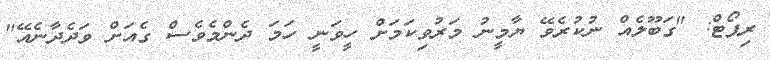
ރިޕޯޓް: "ގަބޫލެއް ނުކުރެވޭ ޔާމީނު މަރުވިކަމަށް ހީވަނީ ހަމަ ދެންމެވެސް ގެއަށް ވަދެދާނެއޭ"